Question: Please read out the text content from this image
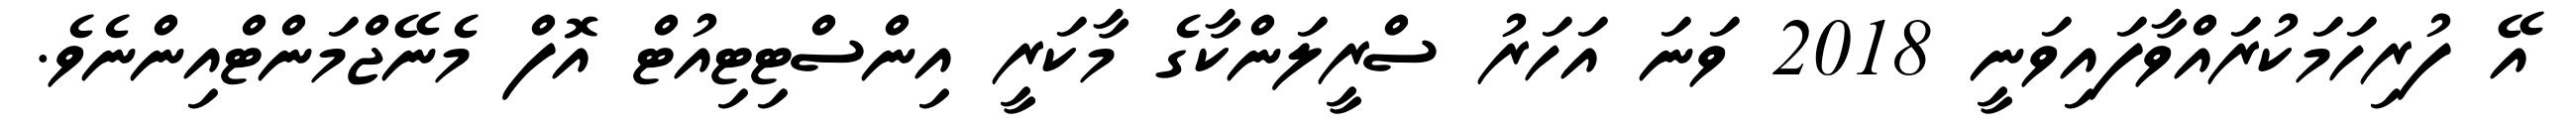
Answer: އޭ ފުރިހަމަކުރައްވާފައިވަނީ 2018 ވަނަ އަހަރު ސްރީލަންކާގެ މާކަރީ އިންސްޓިޓިއުޓް އޮފް މެނޭޖްމަންޓްއިންނެވެ.